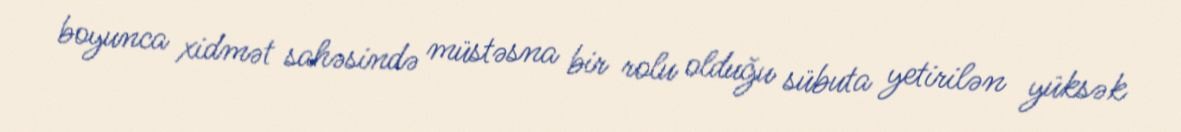
boyunca xidmət sahəsində müstəsna bir rolu olduğu sübuta yetirilən yüksək